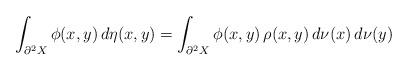
LaTeX: \begin{align*}\int_{\partial^2 X} \phi(x,y) \, d\eta(x,y)= \int_{\partial^2 X} \phi(x,y) \, \rho(x,y) \, d\nu(x) \, d\nu(y)\end{align*}